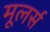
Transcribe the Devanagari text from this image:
मूलर्स